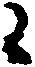
候